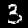
Digit: 3